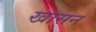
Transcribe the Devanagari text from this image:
खासन